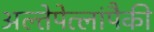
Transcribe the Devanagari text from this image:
अल्तेपेत्लांपैकी